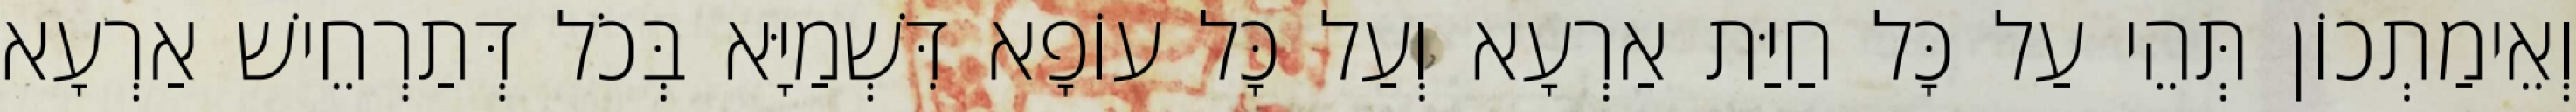
וְאֵימַתְכוֹן תְּהֵי עַל כָּל חַיַּת אַרְעָא וְעַל כָּל עוֹפָא דִּשְׁמַיָּא בְּכֹל דְּתַרְחֵישׁ אַרְעָא